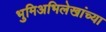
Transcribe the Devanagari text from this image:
भुमिअभिलेखांच्या